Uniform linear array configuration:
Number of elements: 24
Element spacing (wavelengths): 0.25
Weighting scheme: blackman
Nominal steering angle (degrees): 45
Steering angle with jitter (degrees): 45.701
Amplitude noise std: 0.05
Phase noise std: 0.05

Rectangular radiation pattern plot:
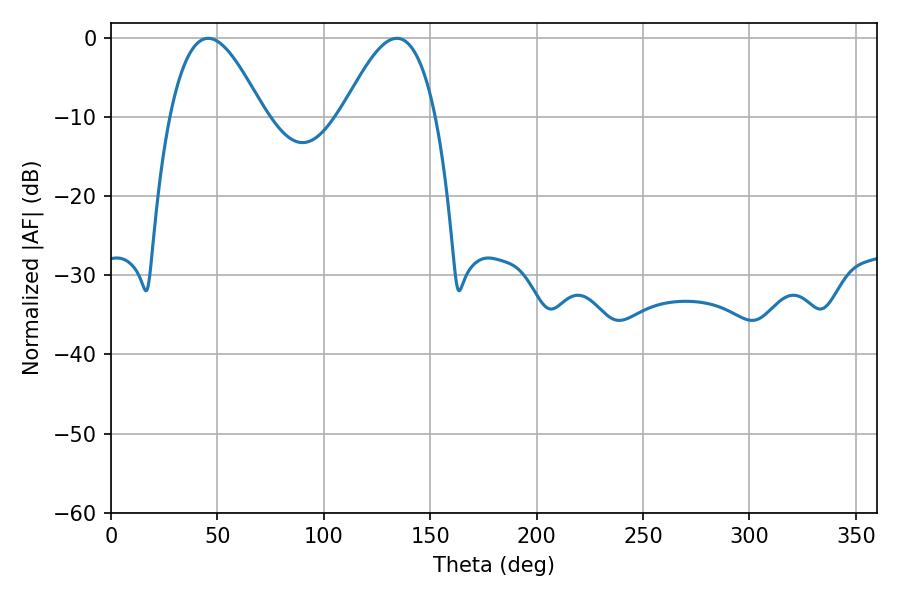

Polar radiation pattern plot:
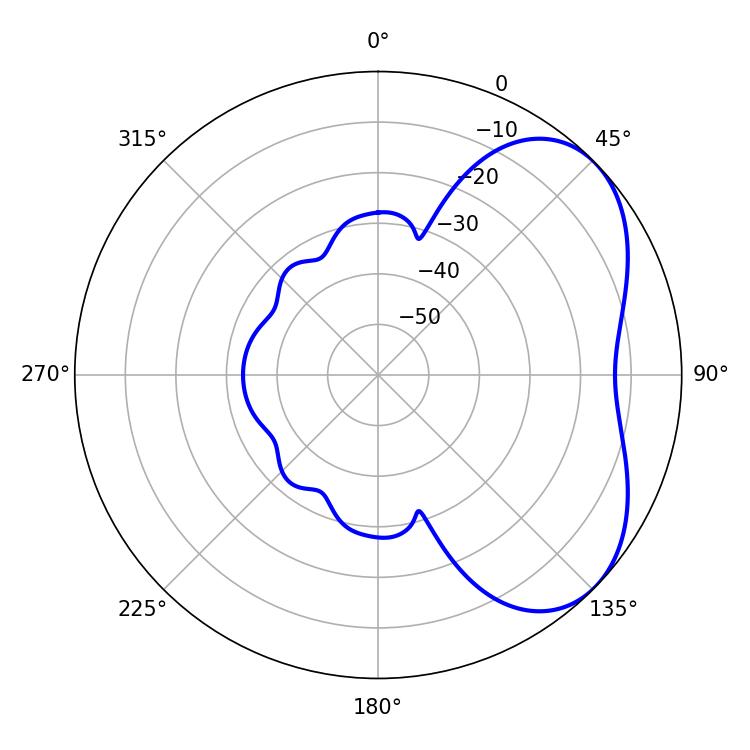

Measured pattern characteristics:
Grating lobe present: FALSE
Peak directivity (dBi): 4.621
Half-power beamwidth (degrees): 23.76
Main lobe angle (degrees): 45.72